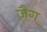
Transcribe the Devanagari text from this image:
ज़ैग